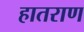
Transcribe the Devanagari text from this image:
हातराण